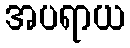
အပရာယ